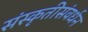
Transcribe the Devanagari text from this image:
संस्कृतीसंवर्धन